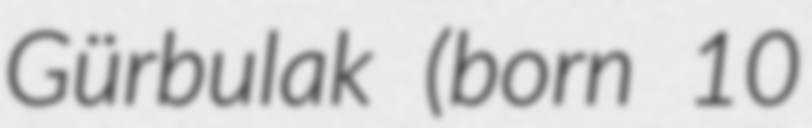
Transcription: Gürbulak (born 10